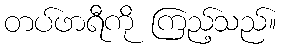
တပ်ဖာရီကို ကြည့်သည်။